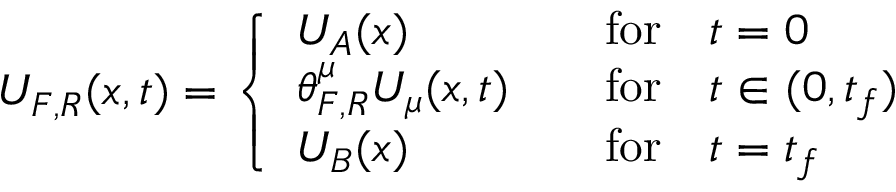
U _ { F , R } ( { \boldsymbol { x } } , t ) = \left\{ \begin{array} { l l } { U _ { A } ( { \boldsymbol { x } } ) } & { \quad \mathrm { f o r } \quad t = 0 } \\ { \theta _ { F , R } ^ { \mu } U _ { \mu } ( { \boldsymbol { x } } , t ) } & { \quad \mathrm { f o r } \quad t \in ( 0 , t _ { f } ) } \\ { U _ { B } ( { \boldsymbol { x } } ) } & { \quad \mathrm { f o r } \quad t = t _ { f } } \end{array} \right.